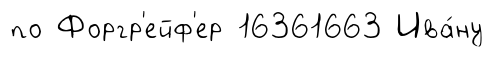
по Форгр'ейф'ер 16361663 Ива́ну